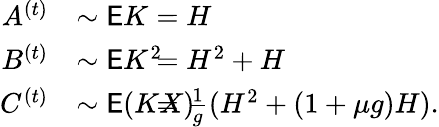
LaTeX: \begin{array}{rlrl}{A^{(t)}}&{\sim\mathsf EK}&&{\! \! \! \! \! \! \! \! \! \! \! \! \! \! \! \! \! \! \! \! =H}\\ {B^{(t)}}&{\sim\mathsf EK^{2}}&&{\! \! \! \! \! \! \! \! \! \! \! \! \! \! \! \! \! \! \! \! =H^{2}+H}\\ {C^{(t)}}&{\sim\mathsf E(KX)}&&{\! \! \! \! \! \! \! \! \! \! \! \! \! \! \! \! \! \! \! \! =\frac{1}{g}(H^{2}+(1+\mu g)H).}\end{array}